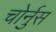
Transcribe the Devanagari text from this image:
चोर्नुस